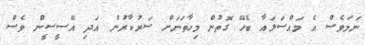
ނަމަވެސް އެ މައްސަލައާ ބެހޭ ގޮތުން މިހާތަނަށް ސަރުކާރުން އަދި އޭސީސީން ވެސް